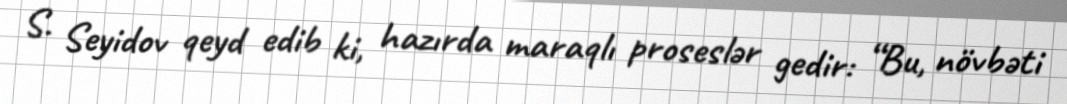
S. Seyidov qeyd edib ki, hazırda maraqlı proseslər gedir: “Bu, növbəti